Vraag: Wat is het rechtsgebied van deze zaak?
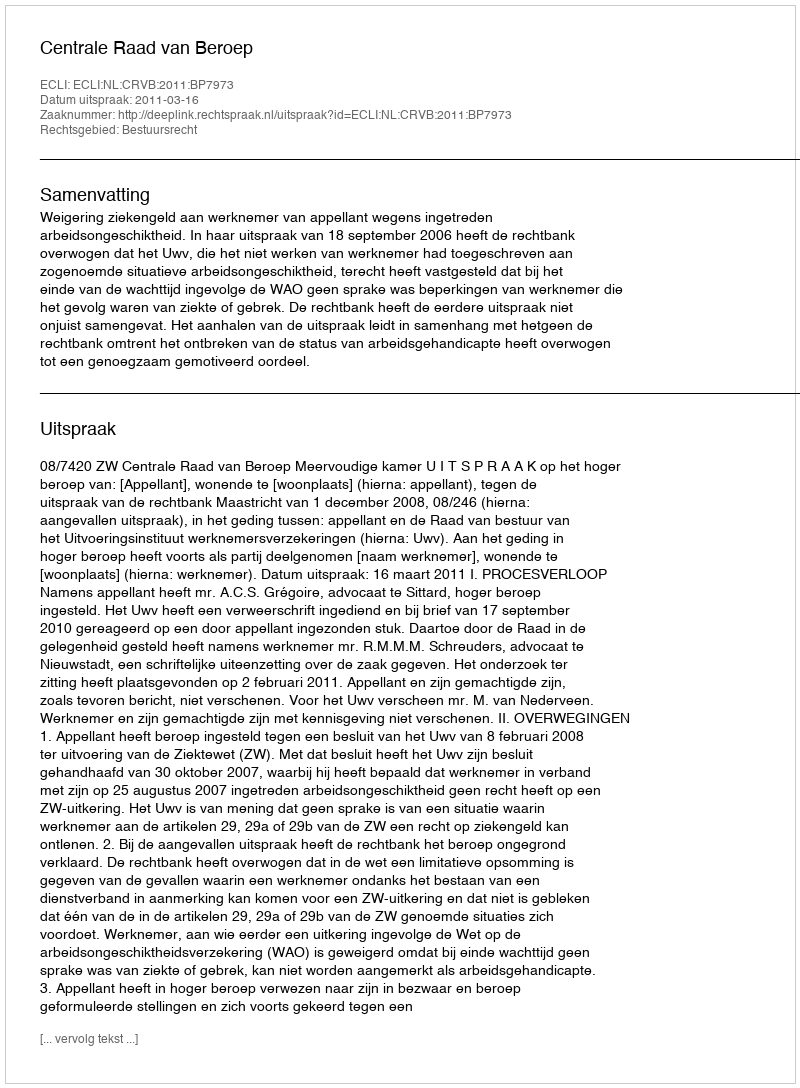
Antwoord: Bestuursrecht